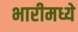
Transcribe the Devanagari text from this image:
भारीमध्ये